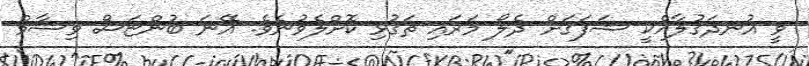
ވީ އުނދަގުލާއެކީ ޝަފަޤަށް ދެލޯ މަރައި ތަގުޅި ކޮށްލެވުނެވެ. އޭނަ ބުންޏަސް ވިސާމް